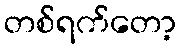
တစ်ရက်တော့